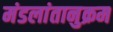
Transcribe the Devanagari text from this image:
मंडलांतानुक्रम